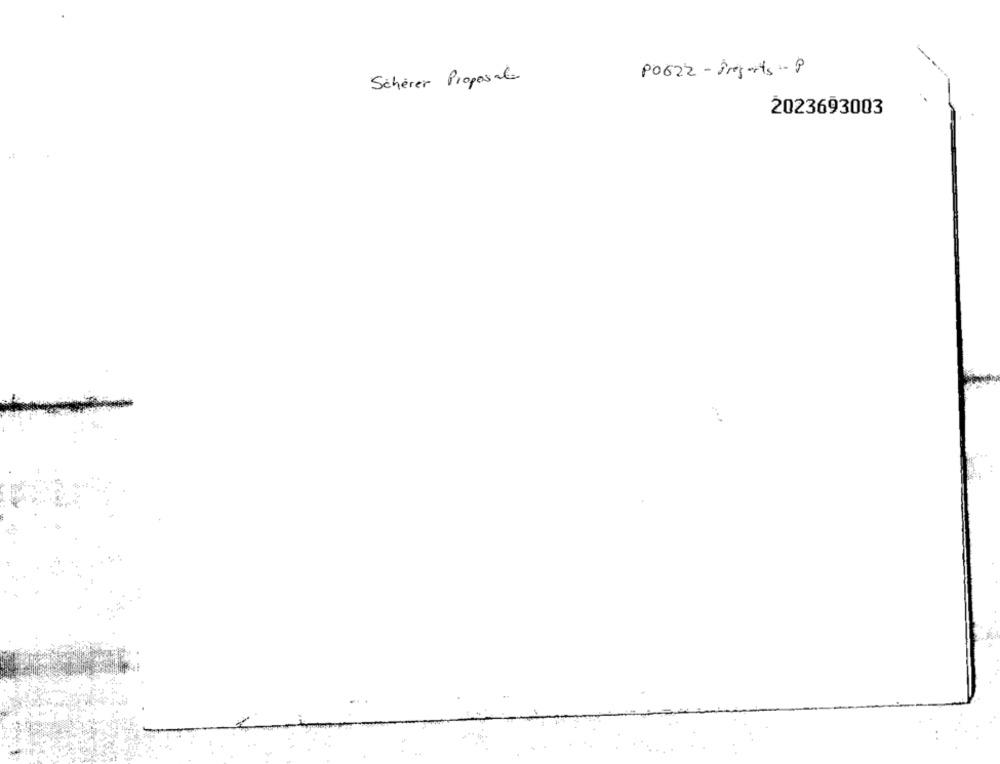
PO622 - iresorts :- P
Scherer Proposal
2023693003